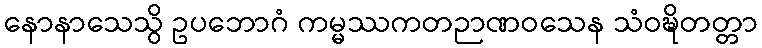
နောနာသေသွိ ဥပဘောဂံ ကမ္မဿကတဉာဏဝသေန သံဝဍ္ဎိတတ္တာ